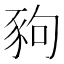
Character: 豞